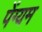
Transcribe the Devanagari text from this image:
पेंग्यम